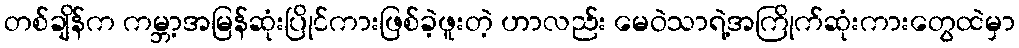
တစ်ချိန်က ကမ္ဘာ့အမြန်ဆုံးပြိုင်ကားဖြစ်ခဲ့ဖူးတဲ့ ဟာလည်း မေဝဲသာရဲ့အကြိုက်ဆုံးကားတွေထဲမှာ